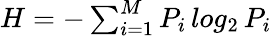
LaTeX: \begin{array}{r}{H=-\sum_{i=1}^{M}P_{i}\, log_{2}\, P_{i}}\end{array}